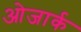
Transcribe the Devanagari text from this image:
ओजार्क